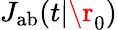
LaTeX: J_{\mathrm{{ab}}}(t|\r_{0})